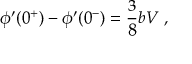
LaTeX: \phi ^ { \prime } ( 0 ^ { + } ) - \phi ^ { \prime } ( 0 ^ { - } ) = \frac { 3 } { 8 } b V ~ ,